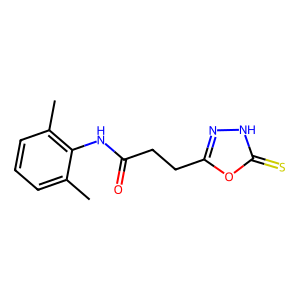
SMILES: Cc1cccc(C)c1NC(=O)CCc1n[nH]c(=S)o1
Inhibits HIV replication: No